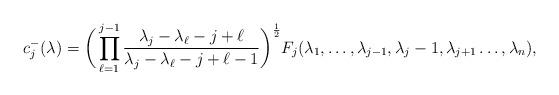
LaTeX: \begin{align*}c_{j}^-(\lambda)=\bigg(\prod_{\ell=1}^{j-1}\frac{\lambda_j-\lambda_\ell-j+\ell}{\lambda_j-\lambda_\ell-j+\ell-1}\bigg)^{\frac{1}{2}}F_j(\lambda_1,\dots,\lambda_{j-1},\lambda_j-1,\lambda_{j+1}\dots,\lambda_n),\end{align*}